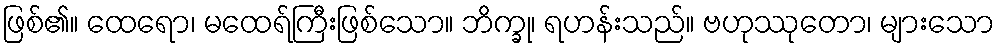
ဖြစ်၏။ ထေရော၊ မထေရ်ကြီးဖြစ်သော။ ဘိက္ခု၊ ရဟန်းသည်။ ဗဟုဿုတော၊ များသော